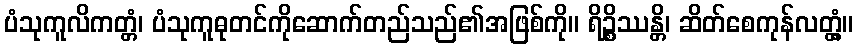
ပံသုကူလိကတ္တံ၊ ပံသုကူဓုတင်ကိုဆောက်တည်သည်၏အဖြစ်ကို။ ရိဉ္စိဿန္တိ၊ ဆိတ်စေကုန်လတ္တံ့။